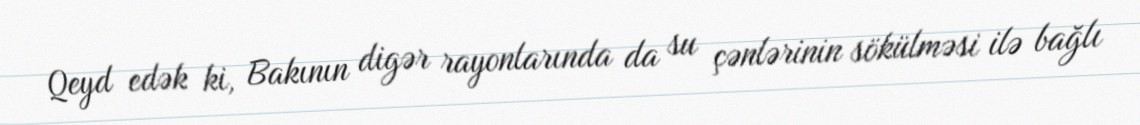
Qeyd edək ki, Bakının digər rayonlarında da su çənlərinin sökülməsi ilə bağlı